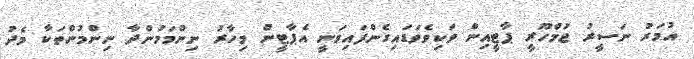
އުމަރު ނަސީރު ޖުމްހޫރީ ޕާޓީއިން ވަކިވެވަޑައިގެންފައިވަނީ އެޕާޓީން މިހާރު ނިންމަމުންދާ ނިންމުންތަކާ މެދު